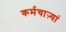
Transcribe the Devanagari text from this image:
कर्मचाऱ्यां